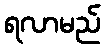
ရလာမည်